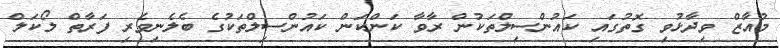
މުއާޒް ވިދާޅުވި ގޮތުގައި ކައުންސިލްތަކުން ރާވާ ކަންކަން ކައުންސިލްތަކުގެ ބެލެނިވެރި ފަރާތް ލޯކަލް